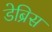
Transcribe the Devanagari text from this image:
डेब्रिस